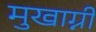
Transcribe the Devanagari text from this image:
मुखाग्नी